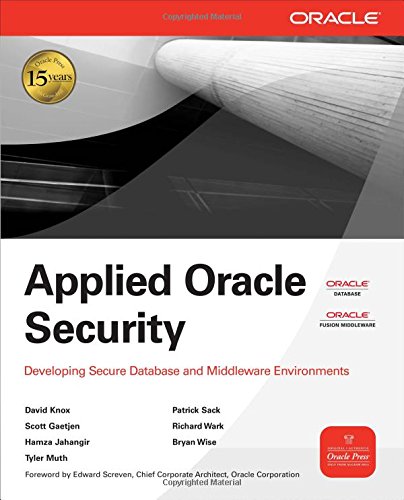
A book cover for Applied Oracle Security: Developing Secure Database and Middleware Environments; David Knox; Computers & Technology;